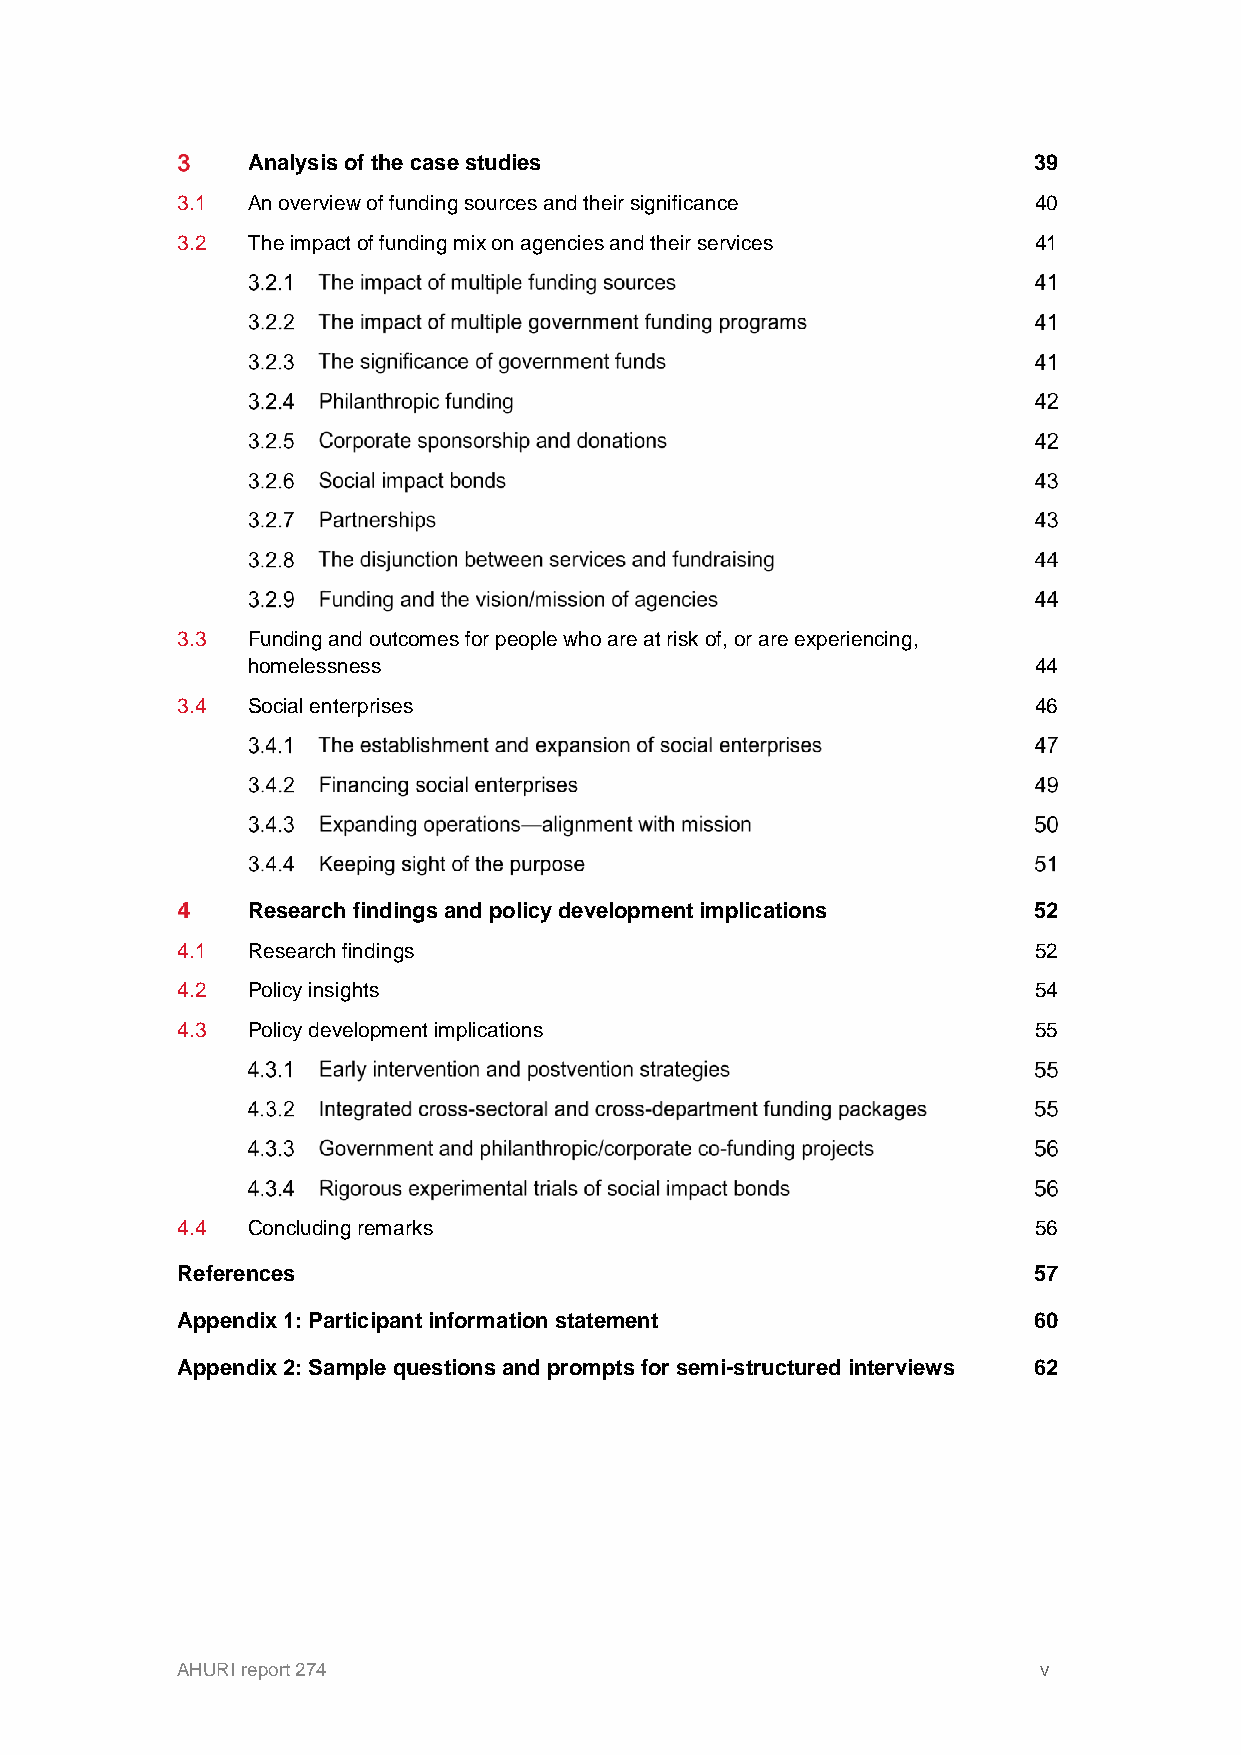
Analysis of the case studies                        39
 3.1 An overview of funding sources and their significance 40
 3.2 The impact of funding mix on agencies and their services 41
 3.3 Funding and outcomes for people who are at risk of, or are experiencing,
 homelessness                                        44
 3.4 Social enterprises                                  46
 Research findings and policy development implications 52
 4.1 Research findings                                   52
 4.2 Policy insights                                     54
 4.3 Policy development implications                     55
 4.4 Concluding remarks                                  56
 References                                              57
 Appendix 1: Participant information statement           60
 Appendix 2: Sample questions and prompts for semi-structured interviews 62
 AHURI report 274                                         v